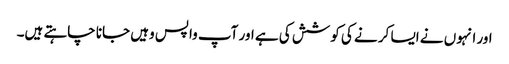
اور انہوں نے ایسا کر نے کی کوشش کی ہے اور آپ واپس وہیں جانا چاہتے ہیں۔